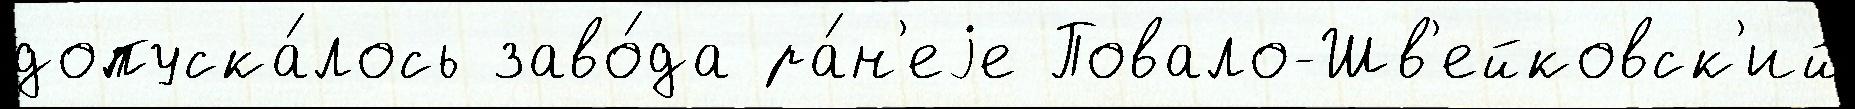
допуска́лось заво́да ра́н'еjе Повало-Шв'ейковск'ий